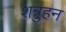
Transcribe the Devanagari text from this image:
शत्रुहन